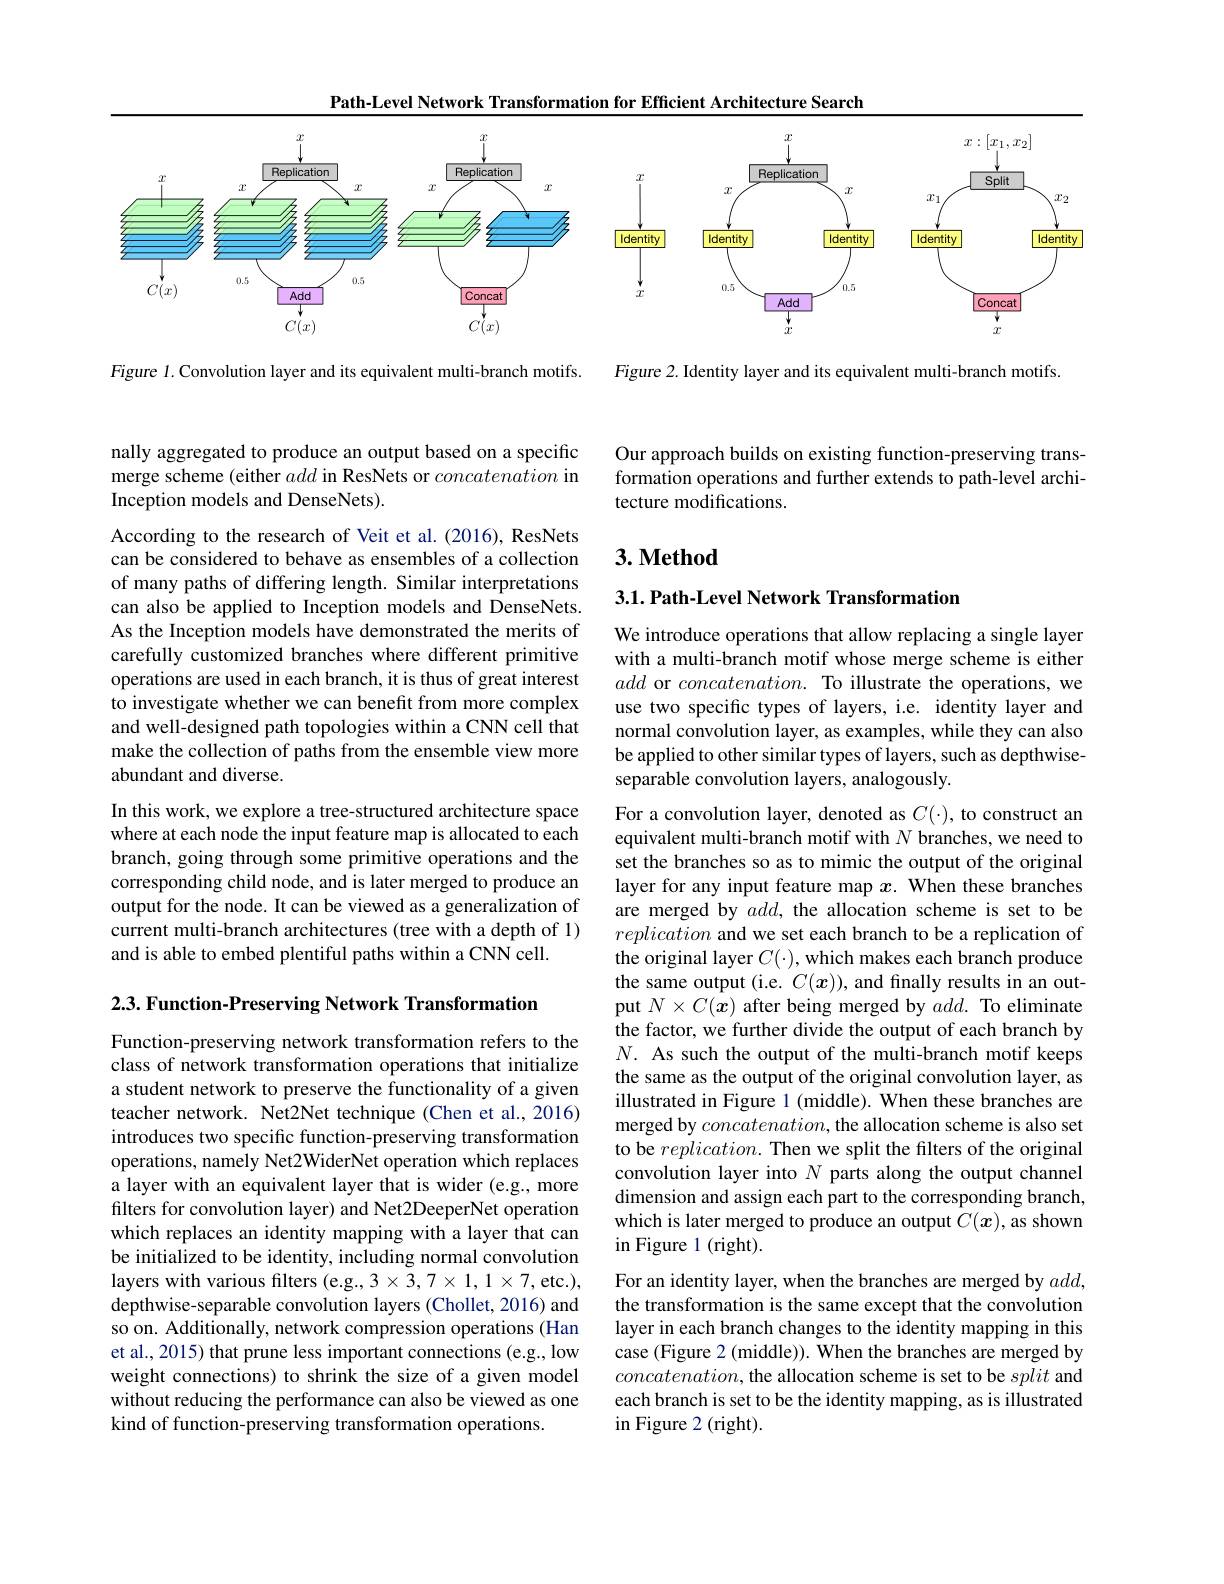
Path-Level Network Transformation for Efficient Architecture Search

<FigureHere>

Figure 2. Identity layer and its equivalent multi-branch motifs.

Figure 1. Convolution layer and its equivalent multi-branch motifs.

nally aggregated to produce an output based on a specific merge scheme (either add in ResNets or concatenation in Inception models and DenseNets).

According to the research of Veit et al.(2016), ResNets can be considered to behave as ensembles of a collection of many paths of differing length. Similar interpretations can also be applied to Inception models and DenseNets. As the Inception models have demonstrated the merits of carefully customized branches where different primitive operations are used in each branch, it is thus of great interest to investigate whether we can benefit from more complex and well-designed path topologies within a CNN cell that make the collection of paths from the ensemble view more abundant and diverse.
In this work, we explore a tree-structured architecture space where at each node the input feature map is allocated to each branch, going through some primitive operations and the corresponding child node, and is later merged to produce an output for the node. It can be viewed as a generalization of current multi-branch architectures (tree with a depth of 1) and is able to embed plentiful paths within a CNN cell.

2.3. Function-Preserving Network Transformation

Function-preserving network transformation refers to the class of network transformation operations that initialize a student network to preserve the functionality of a given teacher network. Net2Net technique (Chen et al.,2016) introduces two specific function-preserving transformation operations, namely Net2WiderNet operation which replaces a layer with an equivalent layer that is wider (e.g., more filters for convolution layer) and Net2DeeperNet operation which replaces an identity mapping with a layer that can be initialized to be identity, including normal convolution layers with various filters (e.g., 3$\times3,7\times1,1\times7$,etc.), depthwise-separable convolution layers (Chollet,2016) and so on. Additionally, network compression operations (Han et al., 2015) that prune less important connections (e.g., low weight connections) to shrink the size of a given model without reducing the performance can also be viewed as one kind of function-preserving transformation operations.

Our approach builds on existing function-preserving transformation operations and further extends to path-level architecture modifications.

## $3. \textbf{Method}$

3.1. Path-Level Network Transformation

We introduce operations that allow replacing a single layer with a multi-branch motif whose merge scheme is either add or $concatenation.$ To illustrate the operations, we use two specific types of layers, i.e. identity layer and normal convolution layer, as examples, while they can also be applied to other similar types of layers, such as depthwiseseparable convolution layers, analogously.

For a convolution layer, denoted as $C(\cdot)$, to construct an equivalent multi-branch motif with $N$ branches, we need to set the branches so as to mimic the output of the original layer for any input feature map $x.$ When these branches are merged by $add$, the allocation scheme is set to be replication and we set each branch to be a replication of the original layer $C(\cdot)$,which makes each branch produce the same output (i.e. $C(x))$, and finally results in an output $N\times C(\boldsymbol{x})$ after being merged by $add.$ To eliminate the factor, we further divide the output of each branch by $N.$ As such the output of the multi-branch motif keeps the same as the output of the original convolution layer, as illustrated in Figure 1 (middle). When these branches are merged by $concatenation$, the allocation scheme is also set to be $replication.$ Then we split the filters of the original convolution layer into $N$ parts along the output channel dimension and assign each part to the corresponding branch, which is later merged to produce an output $C(x)$,as shown in Figure 1 (right).
For an identity layer, when the branches are merged by $add$, the transformation is the same except that the convolution layer in each branch changes to the identity mapping in this

case (Figure 2 (middle)). When the branches are merged by $concatenation$, the allocation scheme is set to be split and each branch is set to be the identity mapping, as is illustrated $\operatorname{in}$Figure 2(right).